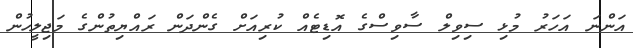
އަންނަ އަަހަރު މުޅި ސިވިލް ސާވިސްގެ އޮޑިޓެއް ކުރިއަށް ގެންދަން ރައްޔިތުންގެ މަޖިލީހުން